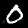
Digit: 0